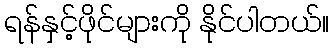
ရန်နှင့်ဖိုင်များကို နိုင်ပါတယ်။